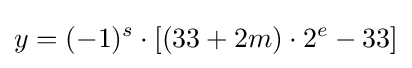
y=(-1)^{s}\cdot [(33+2m)\cdot 2^{e}-33]